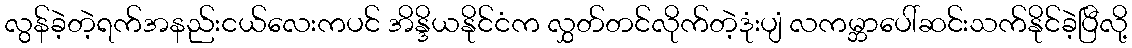
လွန်ခဲ့တဲ့ရက်အနည်းငယ်လေးကပင် အိန္ဒိယနိုင်ငံက လွှတ်တင်လိုက်တဲ့ဒုံးပျံ လကမ္ဘာပေါ်ဆင်းသက်နိုင်ခဲ့ပြီလို့